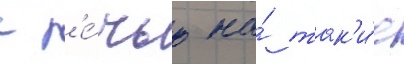
с р'е́чью на́ так'и́е